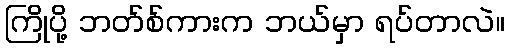
ကြိုပို့ ဘတ်စ်ကားက ဘယ်မှာ ရပ်တာလဲ။